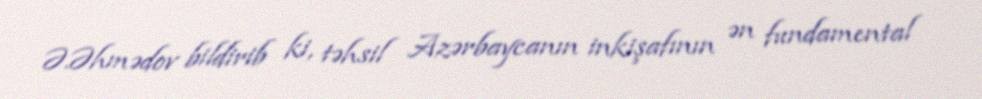
Ə.Əhmədov bildirib ki, təhsil Azərbaycanın inkişafının ən fundamental